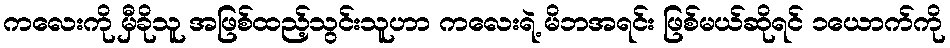
ကလေးကို မှီခိုသူ အဖြစ်ထည့်သွင်းသူဟာ ကလေးရဲ့ မိဘအရင်း ဖြစ်မယ်ဆိုရင် ၁ယောက်ကို